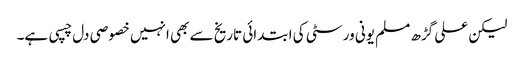
لیکن علی گڑھ مسلم یونی ورسٹی کی ابتدائی تاریخ سے بھی انہیں خصوصی دل چسپی ہے۔